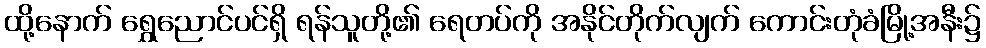
ထို့နောက် ရွှေညောင်ပင်ရှိ ရန်သူတို့၏ ရေတပ်ကို အနိုင်တိုက်လျက် ကောင်းတုံခံမြို့အနီး၌